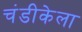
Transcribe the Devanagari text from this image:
चंडीकेला